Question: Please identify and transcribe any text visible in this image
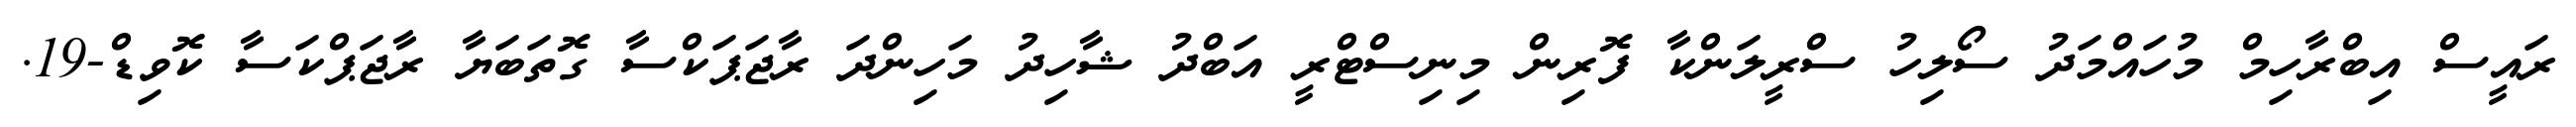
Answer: ރައީސް އިބްރާހިމް މުހައްމަދު ސޯލިހު ސްރީލަންކާ ފޮރިން މިނިސްޓްރީ އަބްދު ޝާހިދު މަހިންދަ ރާޖަޕަކްސާ ގޮތަބަޔާ ރާޖަޕްކަސާ ކޮވިޑް-19.